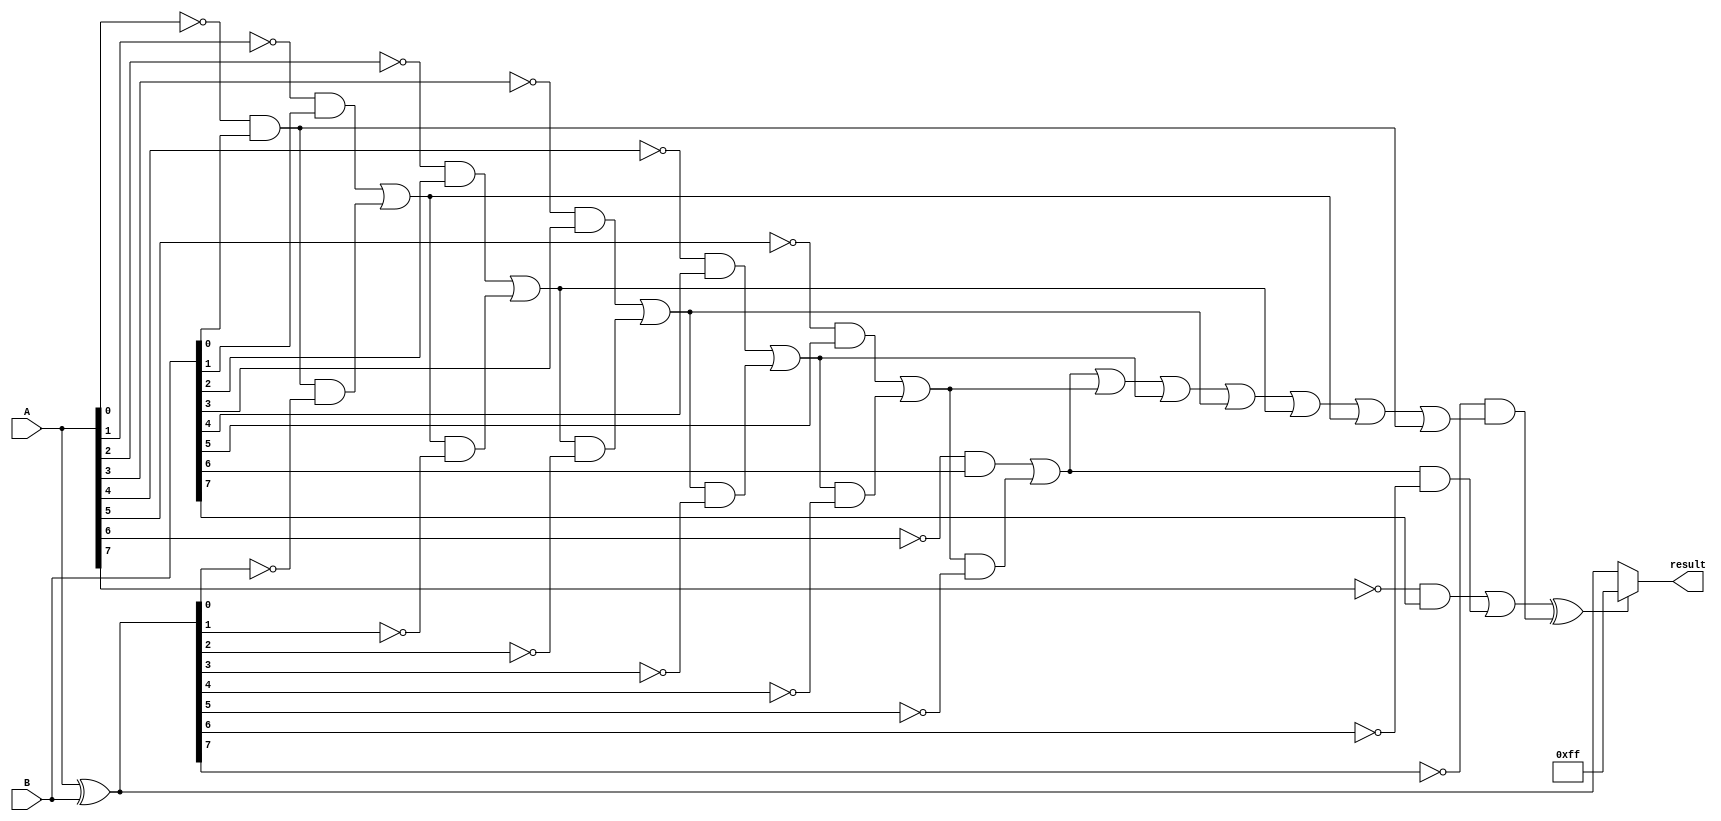
module subtractor(input [7:0] A, // input binary number A
                    input [7:0] B, // input binary number B
                    output reg [7:0] result // output of subtraction
                    );
  
  reg [7:0] temp;
  
  // XOR gates for bitwise subtraction
  assign temp = A ^ B;
  
  // AND gates for borrow propagation
  reg [7:0] borrow;
  always @* begin
    borrow[0] = !A[0] & B[0];
    borrow[1] = (!A[1] & B[1]) | (borrow[0] & !temp[0]);
    borrow[2] = (!A[2] & B[2]) | (borrow[1] & !temp[1]);
    borrow[3] = (!A[3] & B[3]) | (borrow[2] & !temp[2]);
    borrow[4] = (!A[4] & B[4]) | (borrow[3] & !temp[3]);
    borrow[5] = (!A[5] & B[5]) | (borrow[4] & !temp[4]);
    borrow[6] = (!A[6] & B[6]) | (borrow[5] & !temp[5]);
    borrow[7] = (!A[7] & B[7]) | (borrow[6] & !temp[6]);
  end
  
  // OR gates for generation of overflow
  reg overflow;
  always @* begin
    overflow = borrow[7] ^ (!temp[7] & (borrow[6] | borrow[5] | borrow[4] | borrow[3] | borrow[2] | borrow[1] | borrow[0]));
  end
  
  // Subtraction result
  always @* begin
    if (overflow == 0) begin
      result = temp;
    end else begin
      result = 8'b11111111; // Overflow condition
    end
  end
  
endmodule